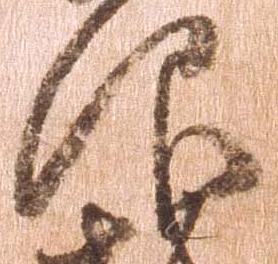
仰